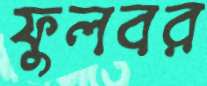
ফুলবর